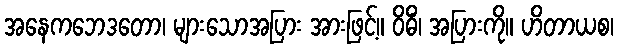
အနေကဘေဒတော၊ များသောအပြား အားဖြင့်။ ဝိဓိံ၊ အပြားကို။ ဟိတာယစ၊